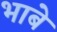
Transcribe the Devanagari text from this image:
भाबे